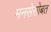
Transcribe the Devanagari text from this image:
मनसेसोबत